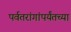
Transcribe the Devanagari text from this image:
पर्वतरांगांपर्यंतच्या